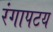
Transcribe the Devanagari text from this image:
रंगापटय